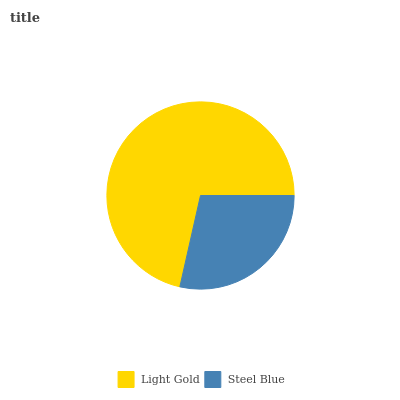
| Light Gold | Steel Blue |
 | --- | --- |
 | 71.5% | 28.5% |